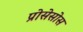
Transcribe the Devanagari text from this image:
प्रोसेसोस